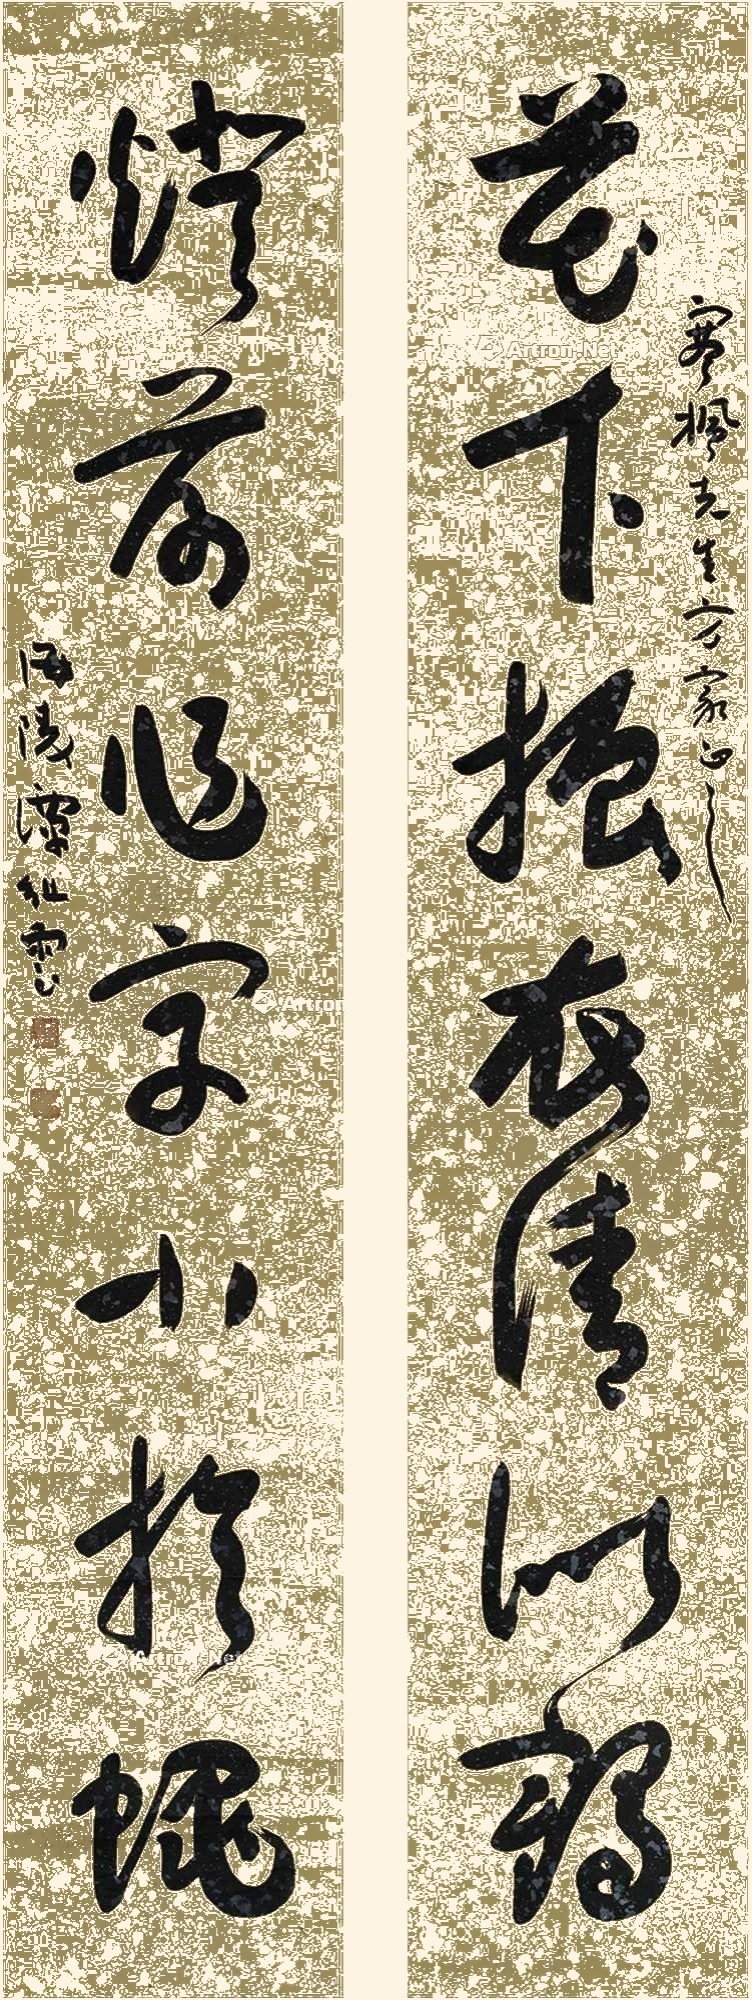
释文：花下振衣清似鹤，灯前作字小于蝇。寒枫先生方家正之，海陵谭祖云。